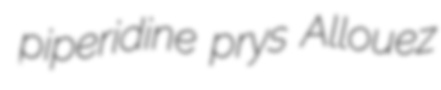
piperidine prys Allouez